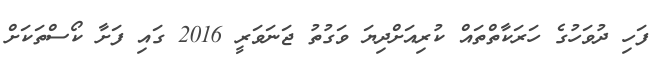
ފަހި ދުވަހުގެ ހަރަކާތްތައް ކުރިއަށްދިޔަ ވަގުތު ޖަނަވަރީ 2016 ގައި ފަށާ ކޯސްތަކަށް